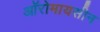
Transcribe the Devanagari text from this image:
ऑरोमायसीन